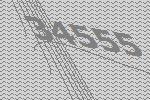
34555